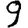
Digit: 9